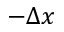
- \Delta x